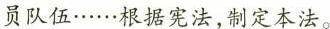
员队伍……根据宪法，制定本法。